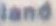
land